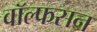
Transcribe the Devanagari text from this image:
वॉल्फसन